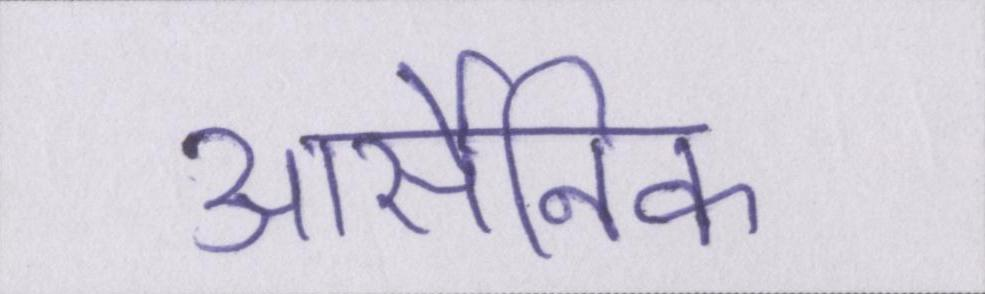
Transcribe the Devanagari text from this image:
आर्सेनिक